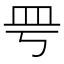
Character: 𥀿